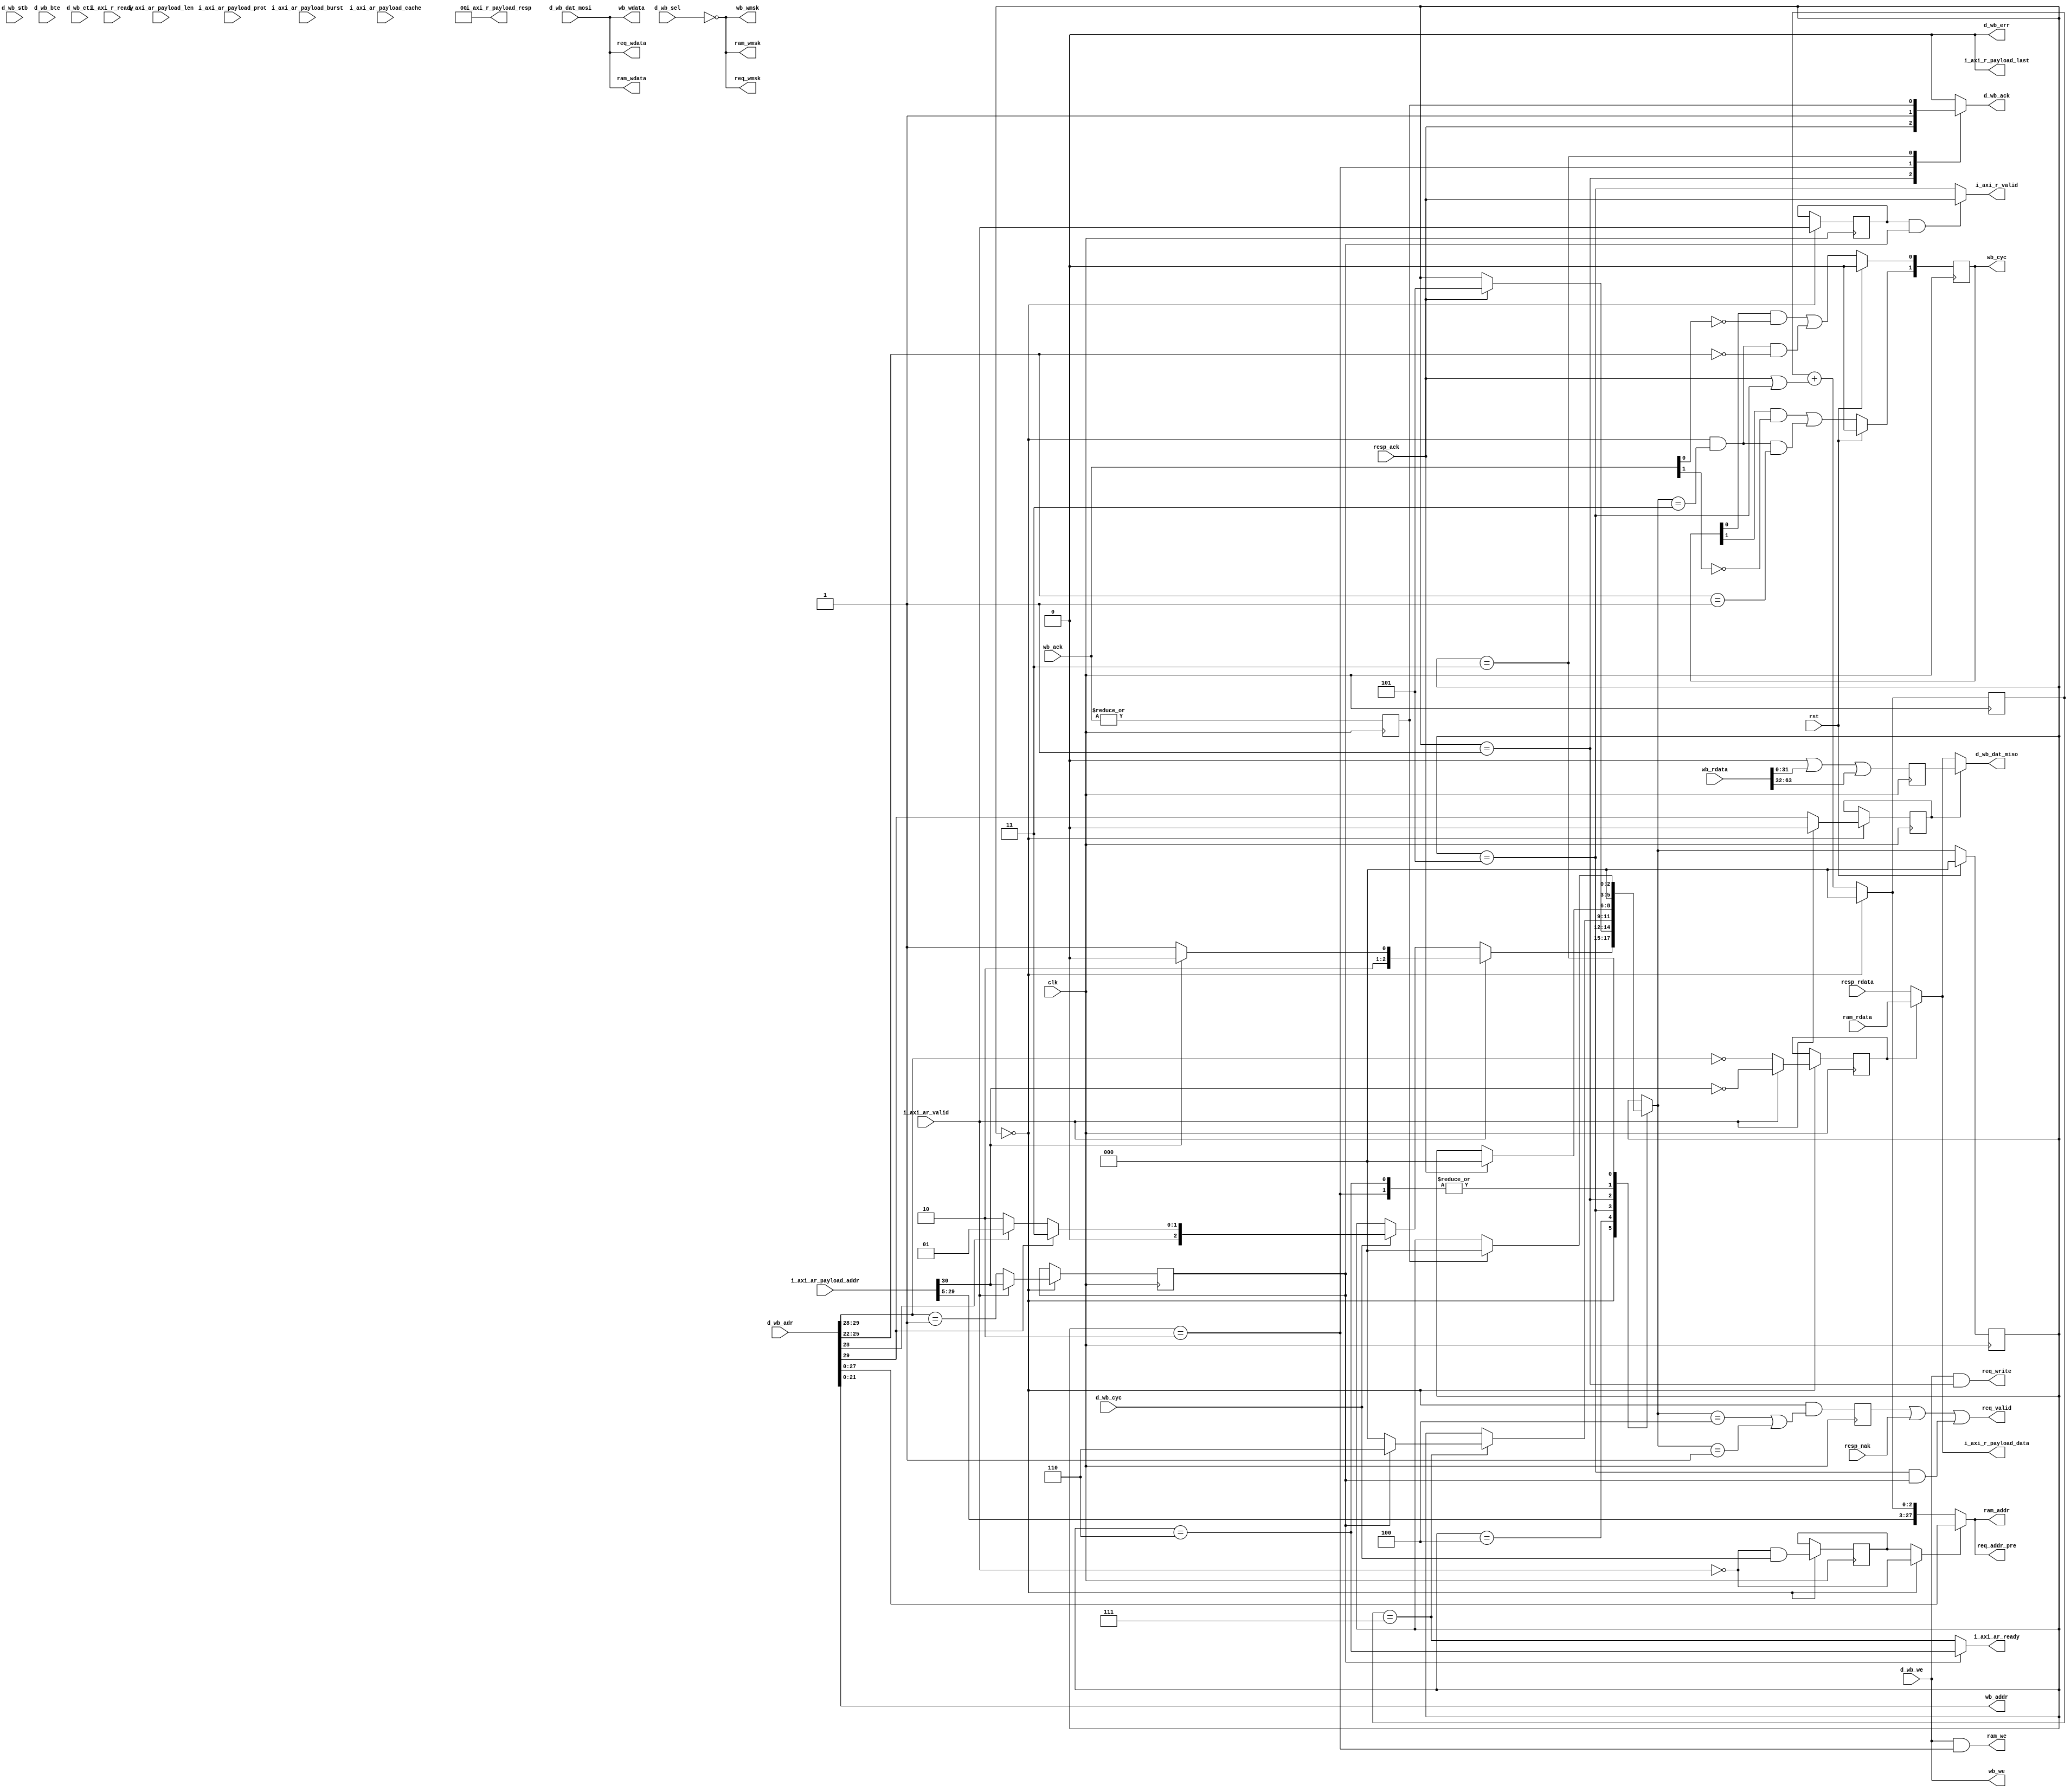
/*
 * mc_bus_vex.v
 *
 * vim: ts=4 sw=4
 *
 * Copyright (C) 2020-2021  Sylvain Munaut <tnt@246tNt.com>
 * SPDX-License-Identifier: CERN-OHL-P-2.0
 */

`default_nettype none

module mc_bus_vex #(
	parameter integer WB_N = 2,

	// auto
	parameter integer CL = WB_N - 1,
	parameter integer DL = (32*WB_N)- 1
)(
	// VexRiscv busses
	input  wire        i_axi_ar_valid,
	output wire        i_axi_ar_ready,
	input  wire [31:0] i_axi_ar_payload_addr,
	input  wire [ 7:0] i_axi_ar_payload_len,	// ignored, assumes 8'h07
	input  wire [ 1:0] i_axi_ar_payload_burst,	// ignored
	input  wire [ 3:0] i_axi_ar_payload_cache,	// ignored
	input  wire [ 2:0] i_axi_ar_payload_prot,	// ignored
	output wire        i_axi_r_valid,
	input  wire        i_axi_r_ready,			// ignored, assumes 1'b1
	output wire [31:0] i_axi_r_payload_data,
	output wire [ 1:0] i_axi_r_payload_resp,
	output wire        i_axi_r_payload_last,	// Fixed to zero

	input  wire        d_wb_cyc,
	input  wire        d_wb_stb,
	output reg         d_wb_ack,
	input  wire        d_wb_we,
	input  wire [29:0] d_wb_adr,
	output wire [31:0] d_wb_dat_miso,
	input  wire [31:0] d_wb_dat_mosi,
	input  wire [ 3:0] d_wb_sel,
	output wire        d_wb_err,
	input  wire [ 1:0] d_wb_bte,
	input  wire [ 2:0] d_wb_cti,

	// Peripheral wishbone bus (0x8000_0000 -> 0x8fff_ffff)
	output wire [21:0] wb_addr,
	output wire [31:0] wb_wdata,
	output wire [ 3:0] wb_wmsk,
	input  wire [DL:0] wb_rdata,
	output reg  [CL:0] wb_cyc,
	output wire        wb_we,
	input  wire [CL:0] wb_ack,

	// RAM (0x0000_0000 - 0x3fff_ffff)
	output wire [27:0] ram_addr,
	output wire [31:0] ram_wdata,
	output wire [ 3:0] ram_wmsk,
	input  wire [31:0] ram_rdata,
	output wire        ram_we,

	// Cache (0x4000_0000 - 0x7fff_0000)
		// Request output
	output wire [27:0] req_addr_pre,	// 1 cycle early

	output wire        req_valid,

	output wire        req_write,
	output wire [31:0] req_wdata,
	output wire [ 3:0] req_wmsk,

		// Response input
	input  wire        resp_ack,
	input  wire        resp_nak,
	input  wire [31:0] resp_rdata,

	// Common
	input  wire clk,
	input  wire rst
);

	// Signals
	// -------

	// Global control
	localparam
		ST_IDLE     = 0,
		ST_D_CACHE  = 1,
		ST_D_RAM    = 2,
		ST_D_IO     = 3,
		ST_I_PROBE  = 4,
		ST_I_ACTIVE = 5,
		ST_I_FLUSH  = 6;

	reg  [ 2:0] state;
	reg  [ 2:0] state_nxt;

	reg  ctrl_is_ibus;
	reg  ctrl_is_dbus;
	reg  ctrl_is_cache;
	reg  ctrl_is_ram;
	reg  ctrl_is_io;

	// Data path
	reg  [31:0] rdata_io;
	wire [31:0] rdata_mux_i;
	wire [31:0] rdata_mux_d;
	wire [ 1:0] rdata_sel;

	// Address path
	wire [29:0] addr_mux;
	wire        addr_sel;

	// Instruction bus
	reg  [2:0] ib_addr_cnt;
	wire [2:0] ib_addr_lsb;
	wire       ib_addr_last;

	// Cache access
	reg req_new;

	// Peripheral access
	wire wb_cyc_i;
	reg  wb_ack_i;


	// Global control
	// --------------

	// State reg
	always @(posedge clk)
		if (rst)
			state <= ST_IDLE;
		else
			state <= state_nxt;

	// Next-state
	always @(*)
	begin
		// Default
		state_nxt = state;

		// State transitions
		case (state)
			ST_IDLE:
				if (i_axi_ar_valid)
					state_nxt = i_axi_ar_payload_addr[30] ? ST_I_PROBE : ST_I_ACTIVE;
				else if (d_wb_cyc)
					state_nxt = d_wb_adr[29] ? ST_D_IO : (d_wb_adr[28] ? ST_D_CACHE : ST_D_RAM);

			ST_I_PROBE:
				if (resp_ack)
					state_nxt = ST_I_ACTIVE;

			ST_I_ACTIVE:
				if (ib_addr_last)
					state_nxt = ctrl_is_cache ? ST_I_FLUSH : ST_IDLE;

			ST_I_FLUSH:
				state_nxt = ST_IDLE;

			ST_D_CACHE:
				if (resp_ack)
					state_nxt = ST_IDLE;

			ST_D_RAM:
				state_nxt = ST_IDLE;

			ST_D_IO:
				if (wb_ack_i)
					state_nxt = ST_IDLE;
		endcase
	end

	// Some status
	always @(posedge clk)
	begin
		if (state == ST_IDLE) begin
			ctrl_is_ibus <=  i_axi_ar_valid;
			ctrl_is_dbus <= ~i_axi_ar_valid & d_wb_cyc;
			ctrl_is_cache = i_axi_ar_valid ?  i_axi_ar_payload_addr[30] : (d_wb_adr[29:28] == 2'b01);
			ctrl_is_ram   = i_axi_ar_valid ? ~i_axi_ar_payload_addr[30] : (d_wb_adr[29:28] == 2'b00);
			ctrl_is_io    = i_axi_ar_valid ? 1'b0 : d_wb_adr[29];
		end
	end

	// Read Data mux sel
	assign rdata_sel[1] = ctrl_is_io;
	assign rdata_sel[0] = ctrl_is_ram;

	// Address mux sel
	assign addr_sel = (state == ST_IDLE) ? ~i_axi_ar_valid : ctrl_is_dbus;


	// Data path
	// ---------

	// OR all data from IO
	always @(posedge clk)
	begin : rdata
		integer i;
		rdata_io = 32'h00000000;
		for (i=0; i<WB_N; i=i+1)
			rdata_io = rdata_io | wb_rdata[32*i+:32];
	end

	// Read muxes for IBus / DBus
	assign rdata_mux_i = rdata_sel[0] ? ram_rdata : resp_rdata;
	assign rdata_mux_d = rdata_sel[1] ? rdata_io  : rdata_mux_i;


	// Address path
	// ------------

	assign addr_mux = addr_sel ? d_wb_adr : { i_axi_ar_payload_addr[31:5], ib_addr_lsb };


	// Instruction Bus
	// ---------------

	// Address counter
	always @(posedge clk)
		ib_addr_cnt <= ib_addr_lsb;

	assign ib_addr_lsb = (state == ST_IDLE) ? 3'b000 : (ib_addr_cnt + (resp_ack | (state == ST_I_ACTIVE)));
	assign ib_addr_last = (ib_addr_cnt == 3'b111);

	assign i_axi_ar_ready = ctrl_is_cache ? (state == ST_I_FLUSH) : ib_addr_last;

	// Data channel
	assign i_axi_r_valid = (ctrl_is_ibus & ctrl_is_cache) ? resp_ack : (state == ST_I_ACTIVE);

	assign i_axi_r_payload_data = rdata_mux_i;

	assign i_axi_r_payload_resp = 2'b00;	// No errors
	assign i_axi_r_payload_last = 1'b0;		// Not used by Vex


	// Data Bus
	// --------

	always @(*)
	begin
		d_wb_ack = 0;

		case (state)
			ST_D_CACHE:
				d_wb_ack = resp_ack;
			ST_D_RAM:
				d_wb_ack = 1'b1;
			ST_D_IO:
				d_wb_ack = wb_ack_i;
		endcase
	end

	assign d_wb_dat_miso = rdata_mux_d;
	assign d_wb_err = 1'b0;					// No errors


	// Cache access
	// ------------

	assign req_addr_pre =  addr_mux[27:0];
	assign req_valid    =  req_new | resp_nak | ((state == ST_I_ACTIVE) & ctrl_is_cache);
	assign req_write    =  d_wb_we & (state == ST_D_CACHE);
	assign req_wdata    =  d_wb_dat_mosi;
	assign req_wmsk     = ~d_wb_sel;

	always @(posedge clk)
		req_new <= (state == ST_IDLE) && ((state_nxt == ST_I_PROBE) || (state_nxt == ST_D_CACHE));


	// RAM access
	// ----------

	assign ram_addr  =  addr_mux[27:0];
	assign ram_wdata =  d_wb_dat_mosi;
	assign ram_wmsk  = ~d_wb_sel;
	assign ram_we    =  d_wb_we & (state == ST_D_RAM);


	// Peripheral access
	// -----------------

	assign wb_addr  =  d_wb_adr[21:0];
	assign wb_wdata =  d_wb_dat_mosi;
	assign wb_wmsk  = ~d_wb_sel;
	assign wb_we    =  d_wb_we;

	assign wb_cyc_i = (state == ST_IDLE) && (state_nxt == ST_D_IO);

	always @(posedge clk)
		wb_ack_i <= |wb_ack;

	always @(posedge clk)
	begin : wb_cyc_proc
		integer i;
		if (rst)
			wb_cyc <= 0;
		else
			for (i=0; i<WB_N; i=i+1)
				wb_cyc[i] <= (wb_cyc[i] & ~wb_ack[i]) | (wb_cyc_i & (d_wb_adr[25:22] == i));
	end

endmodule